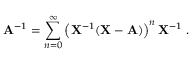
\mathbf { A } ^ { - 1 } = \sum _ { n = 0 } ^ { \infty } \left( \mathbf { X } ^ { - 1 } ( \mathbf { X } - \mathbf { A } ) \right) ^ { n } \mathbf { X } ^ { - 1 } ~ .